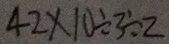
4 2 \times 1 0 \div 3 \div 2